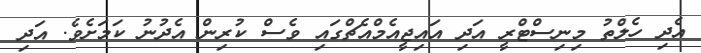
އެދި ހެލްތު މިނިސްޓްރީ އަދި އައިޖީއެމްއެޗްގައި ވެސް ކުރިން އެދުނު ކަމަށެވެ. އަދި